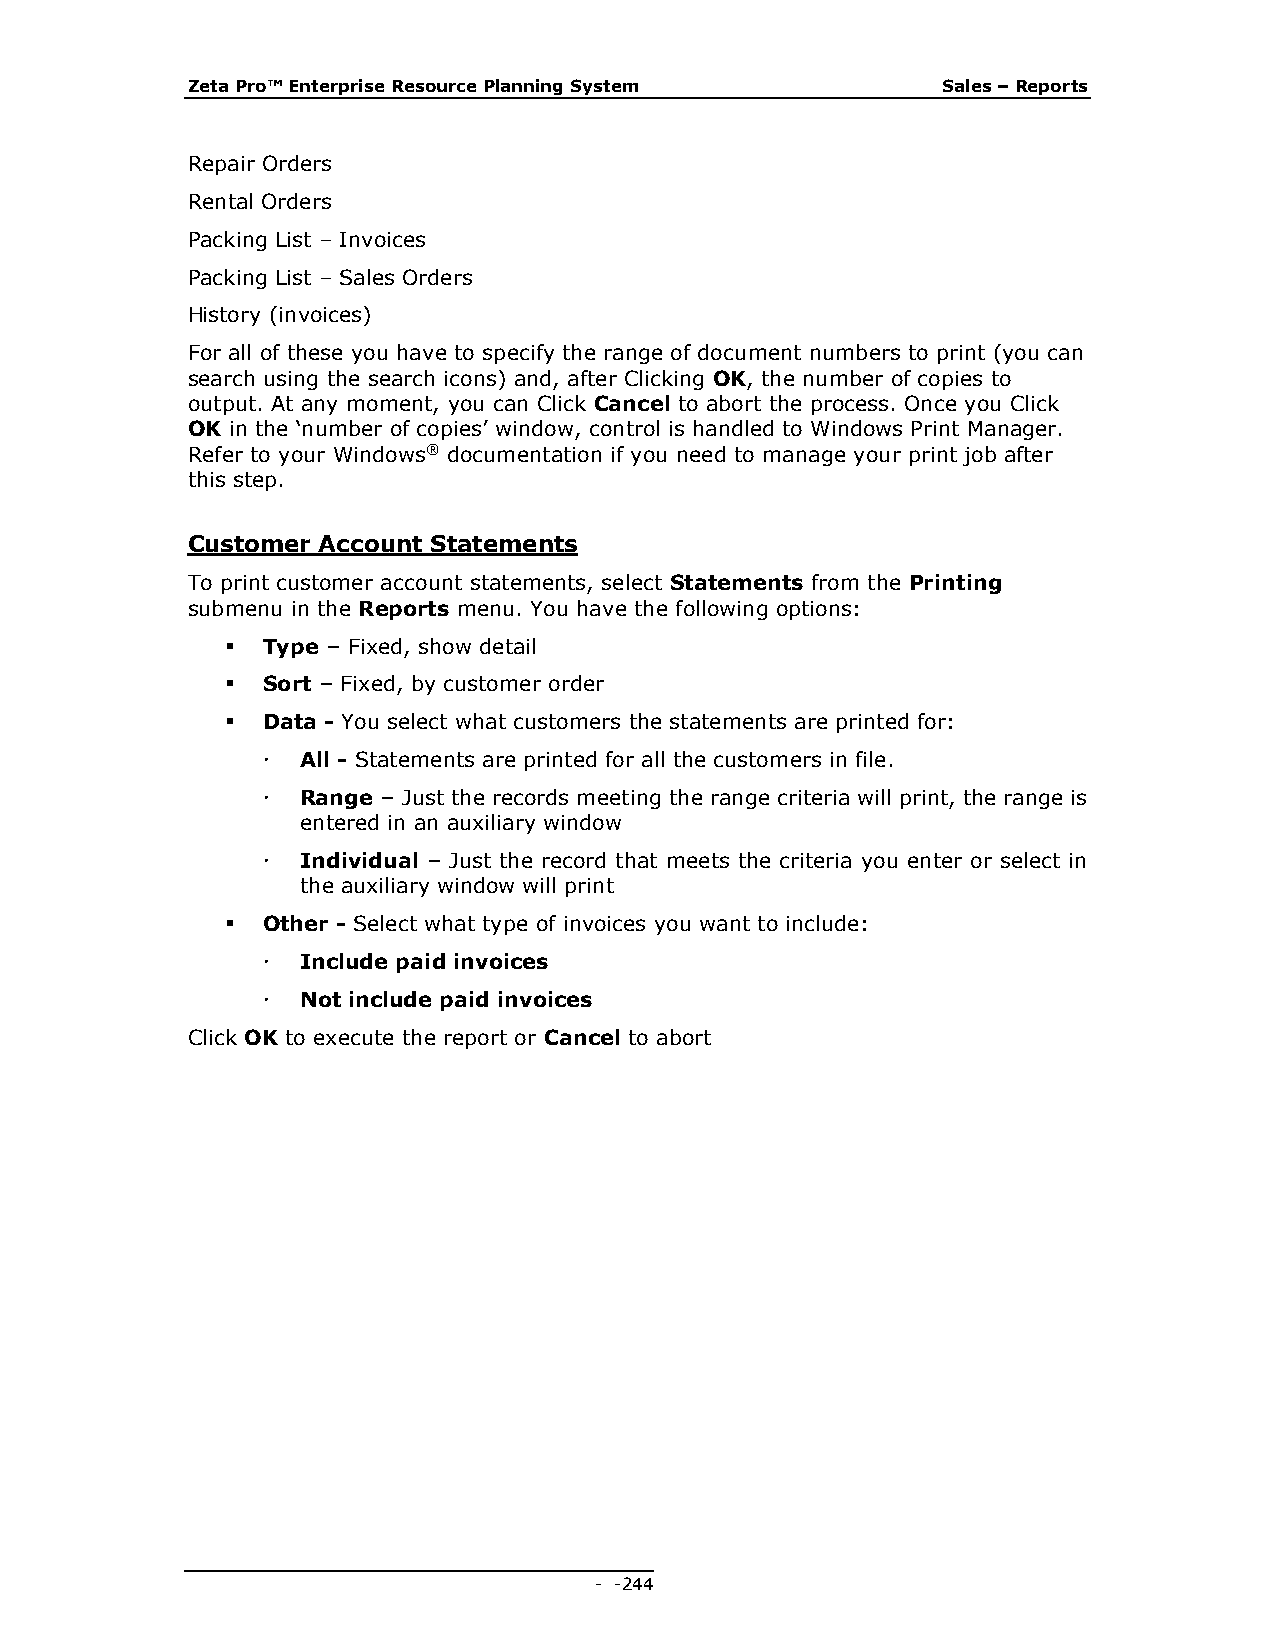
Zeta Pro™ Enterprise Resource Planning System     Sales – Reports
 Repair Orders
 Rental Orders
 Packing List – Invoices
 Packing List – Sales Orders
 History (invoices)
 For all of these you have to specify the range of document numbers to print (you can
 search using the search icons) and, after Clicking OK, the number of copies to
 output. At any moment, you can Click Cancel to abort the process. Once you Click
 OK in the ‘number of copies’ window, control is handled to Windows Print Manager.
 Refer to your Windows® documentation if you need to manage your print job after
 this step.
 Customer Account Statements
 To print customer account statements, select Statements from the Printing
 submenu in the Reports menu. You have the following options:
  Type – Fixed, show detail
  Sort – Fixed, by customer order
  Data - You select what customers the statements are printed for:
   All - Statements are printed for all the customers in file.
   Range – Just the records meeting the range criteria will print, the range is
 entered in an auxiliary window
   Individual – Just the record that meets the criteria you enter or select in
 the auxiliary window will print
  Other - Select what type of invoices you want to include:
   Include paid invoices
   Not include paid invoices
 Click OK to execute the report or Cancel to abort
 - - 244